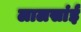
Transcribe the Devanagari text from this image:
लालसांई